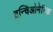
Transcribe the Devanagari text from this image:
ब्रन्चिओमेरिक